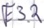
Text: E3.2